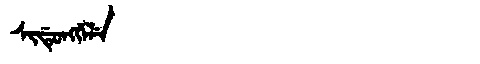
Manchu: ᠰᡳᡩᡠᠩᡤᡝᠯᡝ
Romanization: SIDUNGGELE